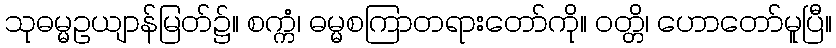
သုဓမ္မဥယျာန်မြတ်၌။ စက္ကံ၊ ဓမ္မစကြာတရားတော်ကို။ ဝတ္တိ၊ ဟောတော်မူပြီ။